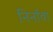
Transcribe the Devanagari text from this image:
निर्नावा